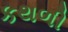
કથળી